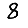
Digit: 8